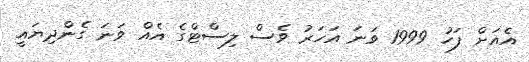
އެއަށް ފަހު 1999 ވަނަ އަހަރު ވެސް ލިސްޓްގެ އެއް ވަނަ ގެންދިޔައީ